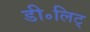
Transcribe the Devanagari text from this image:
डी॰लिट्